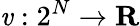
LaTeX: \mathit{v}:2^{N}\to\mathbf{{R}}